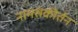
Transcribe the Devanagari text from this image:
नामसंकीर्तन